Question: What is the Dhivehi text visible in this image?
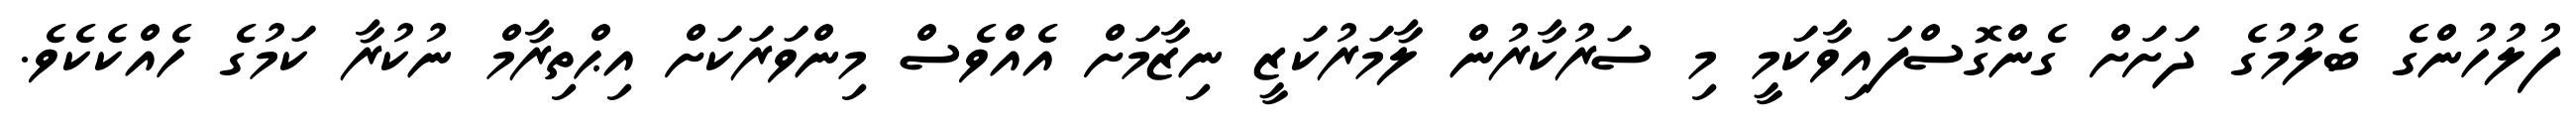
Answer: ފުލުހުންގެ ބެލުމުގެ ދަށަށް ގެންގޮސްފައިވާކަމީ މި ސަރުކާރުން ލާމަރުކަޒީ ނިޒާމަށް އެއްވެސް މިންވަރަކަށް އިޙްތިރާމް ނުކުރާ ކަމުގެ ހެއްކެކެވެ.